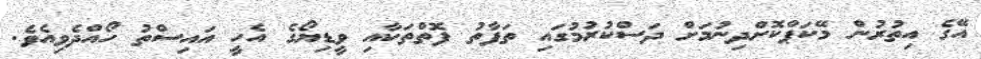
އޭގެ އިތުރުން މޭކަޕްކޮށްދިނުމަށް ދަސްކުރުމުގައި ތަފާތު ފޮތްތަކާއި ވީޑިޔޯގެ އެހީ އައިސްތު ހޯއްދެވިއެވެ.